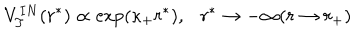
V _ { T } ^ { I N } ( r ^ { * } ) \propto \exp ( \kappa _ { + } r ^ { * } ) , r ^ { * } \to - \infty ( r \to r _ { + } )